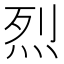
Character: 烈